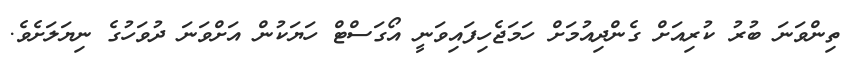
ތިންވަނަ ބުރު ކުރިއަށް ގެންދިއުމަށް ހަމަޖެހިފައިވަނީ އޯގަސްޓް ހަޔަކުން އަށްވަނަ ދުވަހުގެ ނިޔަލަށެވެ.